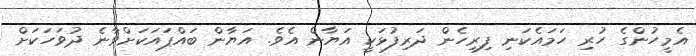
އެމީހުންގެ ހުރި ހަމައެކަނި ފިރިހެން ދަރިފުޅަކީ އަޔާން އެވެ. އަޔާން ބައްޕައަކަށްވާނެ ދުވަހަކަށް